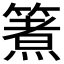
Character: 𮆈